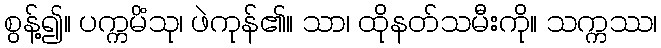
စွန့်၍။ ပက္ကမိံသု၊ ဖဲကုန်၏။ သာ၊ ထိုနတ်သမီးကို။ သက္ကဿ၊